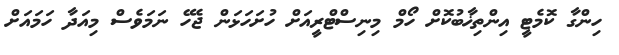
ހިންގާ ކޮމެޓީ އިންތިޚާބުކޮށް ހޯމް މިނިސްޓްރީއަށް ހުށަހަޅަން ޖެހޭ ނަމަވެސް މިއަދާ ހަމައަށް